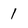
Character: 1